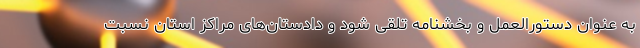
به عنوان دستورالعمل و بخشنامه تلقی شود و دادستان‌های مراکز استان نسبت